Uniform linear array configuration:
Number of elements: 8
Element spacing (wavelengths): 0.5
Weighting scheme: uniform
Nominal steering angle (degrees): -60
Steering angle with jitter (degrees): -58.327
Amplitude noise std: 0.05
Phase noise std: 0.05

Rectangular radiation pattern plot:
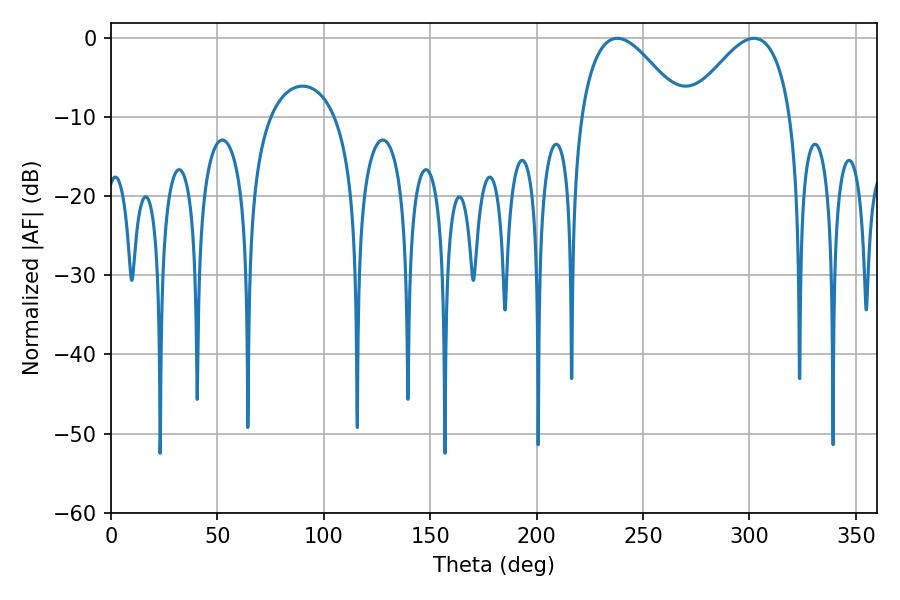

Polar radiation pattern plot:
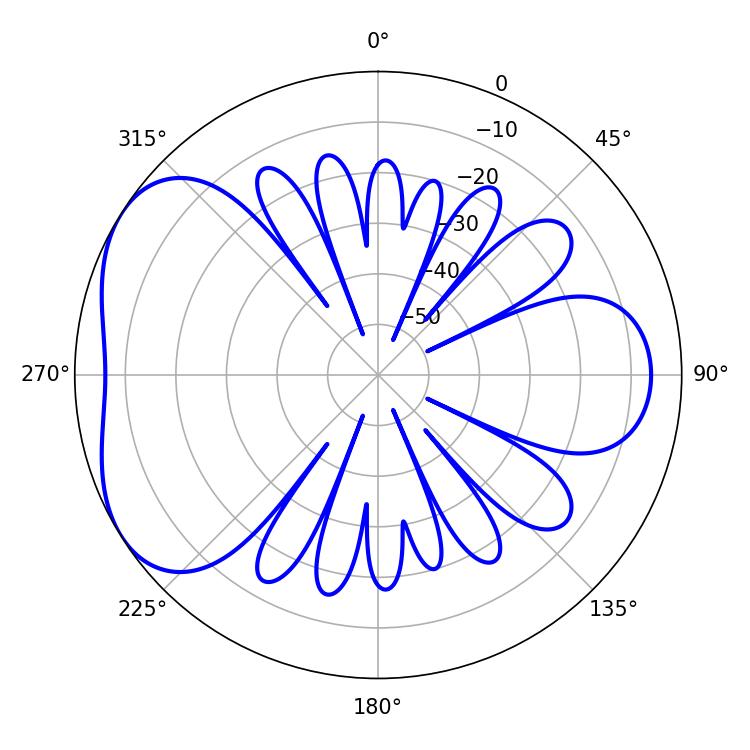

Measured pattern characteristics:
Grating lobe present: FALSE
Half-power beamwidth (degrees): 26.1
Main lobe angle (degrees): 237.96